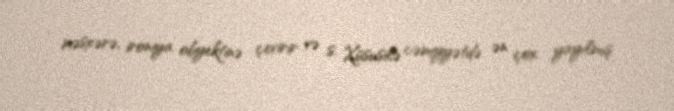
məsxərə, ironiya obyektinə çevirir və s. Xüsusilə cəmiyyətdə ən çox yayılmış